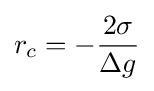
r_{c}=-{\frac {2\sigma }{\Delta g}}